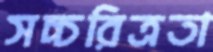
সচ্চরিত্রতা